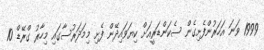
1999 ވަނަ އަހަރުންފެށިގެން ސެކަންޑަރީއަށް ކިޔަވައިދޭން ފެށި މިމަދަރުސާގައި މިހާރު ގްރޭޑް 10